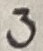
Text: 3